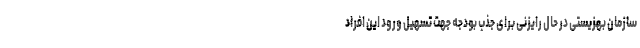
سازمان بهزیستی در حال رایزنی برای جذب بودجه جهت تسهیل ورود این افراد